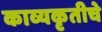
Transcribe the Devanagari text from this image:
काव्यकृतीचे